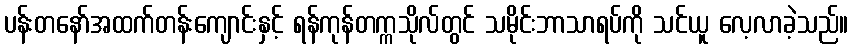
ပန်းတနော်အထက်တန်းကျောင်းနှင့် ရန်ကုန်တက္ကသိုလ်တွင် သမိုင်းဘာသာရပ်ကို သင်ယူ လေ့လာခဲ့သည်။